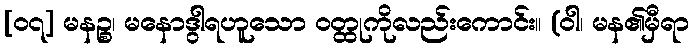
[၀၇] မနဉ္စ၊ မနောဒွါရဟူသော ဝတ္ထုကိုလည်းကောင်း။ (ဝါ၊ မန၏မှီရာ